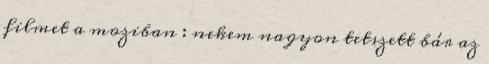
filmet a moziban : nekem nagyon tetszett bár az